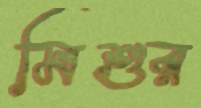
মিশুর